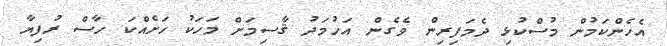
އެހެންކަމުން މުސްކުޅި ދެމަފިރިން ވެގެން އަހުމަދު ޤާސިމަށް މަހަކު ހަށެއްކަ ހާސް ރުފިޔާ